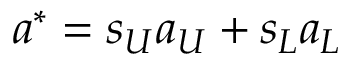
a ^ { * } = s _ { U } a _ { U } + s _ { L } a _ { L }